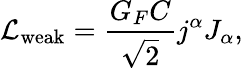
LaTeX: {\cal L}_{\mathrm{weak}}=\frac{G_{F}C}{\sqrt{2}}j^{\alpha}J_{\alpha},